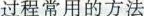
过程常用的方法